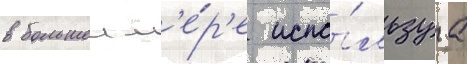
в большеи м'е́р'е испо́льзуа